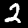
Label: 2